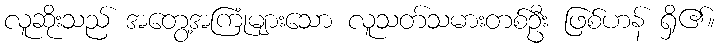
လူဆိုးသည် အတွေ့အကြုံများသော လူသတ်သမားတစ်ဦး ဖြစ်ဟန် ရှိ၏။